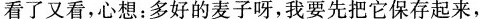
看了又看，心想：多好的麦子呀，我要先把它保存起来，